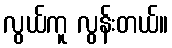
လွယ်ကူ လွန်းတယ်။